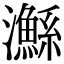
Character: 𤄏